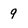
Character: 9